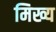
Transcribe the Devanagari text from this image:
मिख्य